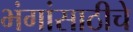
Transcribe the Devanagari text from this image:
भंगांसाठीचे